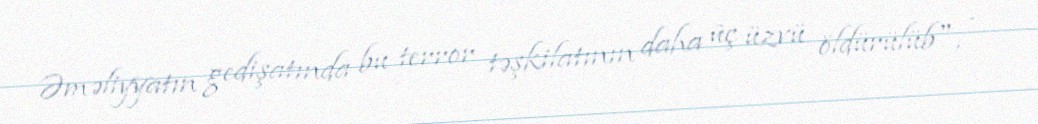
Əməliyyatın gedişatında bu terror təşkilatının daha üç üzvü öldürülüb", -